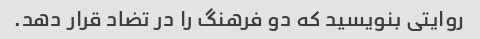
روایتی بنویسید که دو فرهنگ را در تضاد قرار دهد.